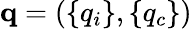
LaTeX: {\mathbf q}=(\{ q_{i}\} ,\{ q_{c}\} )